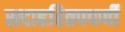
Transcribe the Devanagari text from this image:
सदाहरितपपर्णी